Annual report on the working of the mental hospitals in the Madras Presidency - 1912-1932
Year: 1912
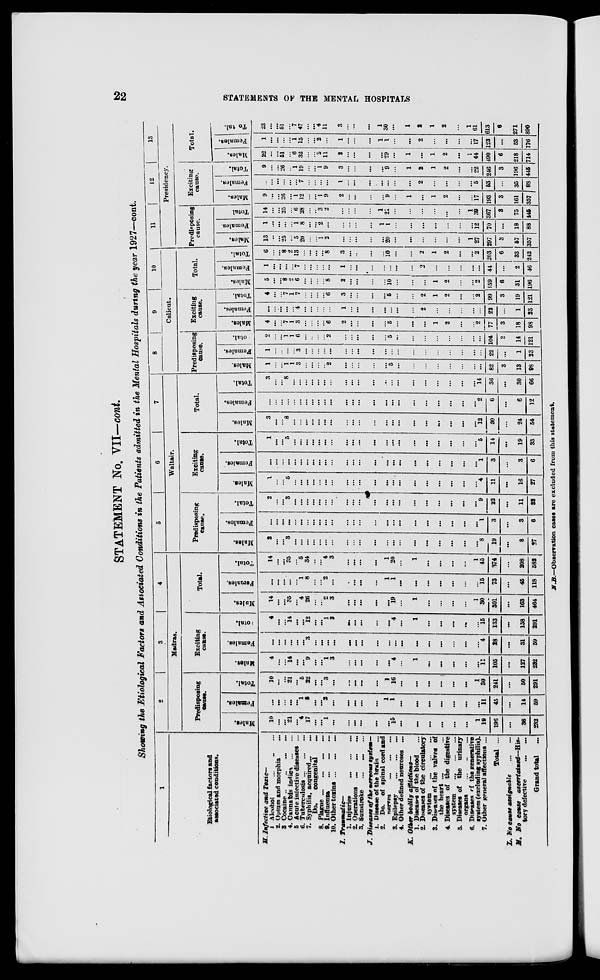
22
STATEMENTS OF THE MENTAL HOSPITALS
STATEMENT No. VII—cont.
Showing the Etiological Factors and Associated Conditions in the Patients admitted in the Mental Hospitals during the year 1927—cont.
1
Etiological factors and
associated conditions.
H.
I.
J.
K.
L.
M.
Infective and Toxic—
1. Alcohol
... ... ...
2. Opium and morphia ...
3. Cocaine .. .. ... ...
4. Cannabis indica ... ...
5. Acute infective diseases ...
6. Tuberculosis
...
...
...
7. Syphilis, acquired ... ...
Do.
congenital ...
8. Plague ... ... ... ...
9. Influenza ... ... ...
10. Other toxins ... ... ...
Traumatic—
1. Injuries ... ... ...
2. Operations ... ... ...
3. Sunstroke ... ... ...
Diseases of the nervous system—
1. Disease of the brain ...
2. Do. of spinal cord and
nerves ... ... ...
3. Epilepsy
...
...
...
4. Other defined neuroses ...
Other bodily
afflictions—
1. Diseases of the blood ...
2. Diseases of the circulatory
system
...
...
...
3. Diseases of the valves of
the heart ... ...
4. Diseases of the digestive
system
5. Diseases of the urinary
organs
...
...
...
6. Diseases of the generative
system (excluding syphilis).
7. Other general affections ...
Total ...
No cause assignable ... ...
No
cause
ascertained—His-
tory defective ... ...
Grand total ...
2
3
4
Madras.
Predisposing
cause.
Males.
10
...
...
21
...
4
17
...
...
1
...
...
...
...
...
...
15
...
...
...
...
...
...
1
19
196
...
36
232
Females.
...
...
...
...
...
1
5
...
...
2
...
...
...
...
...
1
1
...
...
...
...
...
...
...
11
45
...
14
59
Total.
10
...
...
21
...
5
22
...
...
3
...
...
...
...
...
1
16
...
...
...
...
...
...
1
30
241
...
50
291
Exciting
cause.
Males.
4
...
...
14
...
...
9
...
...
1
3
...
...
...
...
...
4
...
1
...
...
...
...
...
11
105
...
127
232
Females.
...
...
...
...
...
...
3
...
...
...
...
...
...
...
...
...
...
...
...
...
...
...
...
...
4
28
...
31
59
Total.
4
...
...
14
...
...
12
...
...
1
3
...
...
...
...
...
4
...
1
...
...
...
...
...
15
133
...
158
291
Total.
Males.
14
...
...
35
...
4
26
...
...
2
3
...
...
...
...
...
19
...
1
...
...
...
...
1
30
301
...
163
464
Females.
...
...
...
...
...
1
8
...
...
2
...
...
...
...
...
1
1
...
...
...
...
...
...
...
15
73
...
45
118
Total.
14
...
...
35
...
5
34
...
...
4
3
...
...
...
...
1
20
...
1
...
...
...
...
1
45
374
...
208
582
5
6
7
Waltair.
Predisposing
cause.
Males.
2
...
...
3
...
...
...
...
...
...
...
...
...
...
...
...
...
...
...
...
...
...
...
...
8
19
...
8
27
Females.
...
...
...
...
...
...
...
...
...
...
...
...
...
...
...
...
...
...
...
...
...
...
...
...
1
3
...
3
6
Total.
2
...
...
3
...
...
...
...
...
...
...
...
...
...
...
...
...
...
...
...
...
...
...
...
9
22
...
11
33
Exciting
cause.
Males.
1
...
...
5
...
...
...
...
...
...
...
...
...
...
...
...
...
...
...
...
...
...
...
...
4
11
...
16
27
Females.
...
...
...
...
...
...
...
...
...
...
...
...
...
...
...
...
...
...
...
...
...
...
...
...
1
3
...
3
6
Total.
1
...
...
5
...
...
...
...
...
...
...
...
...
...
...
...
...
...
...
...
...
...
...
...
5
14
...
19
33
Total.
Males.
3
...
...
8
...
...
...
...
...
...
...
...
...
...
...
...
...
...
...
...
...
...
...
...
12
30
...
24
54
Females.
...
...
...
...
...
...
...
...
...
...
...
...
...
...
...
...
...
...
...
...
...
...
...
...
2
6
...
6
12
Total.
3
...
...
8
...
...
...
...
...
...
...
...
...
...
...
...
...
...
...
...
...
...
...
...
14
36
...
30
66
8
9
10
Calicut.
Predisposing
cause.
Males.
1
...
...
1
1
3
...
...
...
...
2
...
...
...
...
...
5
...
...
...
...
...
...
...
...
82
3
13
98
Females.
1
...
...
...
...
3
...
...
...
...
...
...
...
...
...
...
...
...
...
...
...
...
...
...
...
22
...
1
23
Total.
2
...
...
1
1
6
...
...
...
...
2
...
...
...
...
...
5
...
...
...
...
...
...
...
...
104
3
14
121
Exciting
cause.
Males.
4
...
...
7
1
3
...
...
...
...
6
2
...
...
...
...
5
...
...
...
1
2
...
...
2
77
3
18
98
Females.
...
...
...
...
...
4
...
...
...
...
...
1
...
...
...
...
...
...
...
2
...
...
...
...
...
22
...
1
23
Total.
4
...
...
7
1
7
...
...
...
...
6
3
...
...
...
...
5
...
...
2
1
2
...
...
2
99
3
19
121
Total.
Males.
5
...
...
8
2
6
...
...
...
...
8
2
...
...
...
...
10
...
...
...
1
2
...
...
2
159
6
31
196
Females.
1
...
...
...
...
7
...
...
...
...
...
1
...
...
...
...
...
...
...
2
...
...
...
...
...
41
...
2
46
Total.
6
...
...
8
2
13
...
...
...
...
8
3
...
...
...
...
10
...
...
2
1
2
...
...
2
203
6
33
242
11
12
13
Presidency.
Predisposing
cause.
Males.
13
...
...
25
...
5
20
...
...
1
2
...
...
...
...
...
20
...
...
...
...
...
...
1
27
297
3
57
357
Females.
1
...
...
...
...
1
8
...
...
2
...
...
...
...
...
1
1
...
...
...
...
...
...
...
12
70
...
18
88
Total
14
...
...
25
...
6
28
...
...
3
2
...
...
...
...
1
21
...
...
...
...
...
...
1
39
367
3
75
145
Exciting
cause.
Males.
9
...
...
26
...
1
12
...
...
1
9
2
...
...
...
...
9
...
1
...
1
2
...
...
17
193
3
161
357
Females.
...
...
...
...
...
...
7
...
...
...
...
1
...
...
...
...
...
...
...
2
...
...
...
...
5
53
...
35
88
Total.
9
...
...
26
...
1
19
...
...
1
9
3
...
...
...
...
9
...
1
2
1
2
...
...
22
246
3
196
445
Total.
Males.
22
...
...
51
...
6
32
...
...
2
11
2
...
...
...
...
29
...
1
...
1
2
...
1
44
490
6
218
714
Females.
1
...
...
...
...
1
15
...
...
2
...
1
...
...
...
1
1
...
...
2
...
...
...
...
17
123
...
53
176
Total.
23
...
...
51
...
7
47
...
...
4
11
3
...
...
...
1
30
...
1
2
1
2
...
1
61
613
6
271
890
N.B.—Observation cases are excluded from this statement.